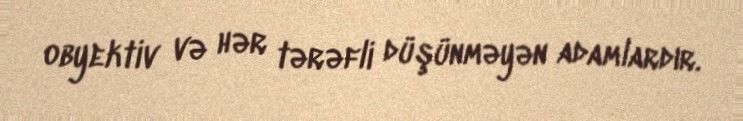
obyektiv və hər tərəfli düşünməyən adamlardır.